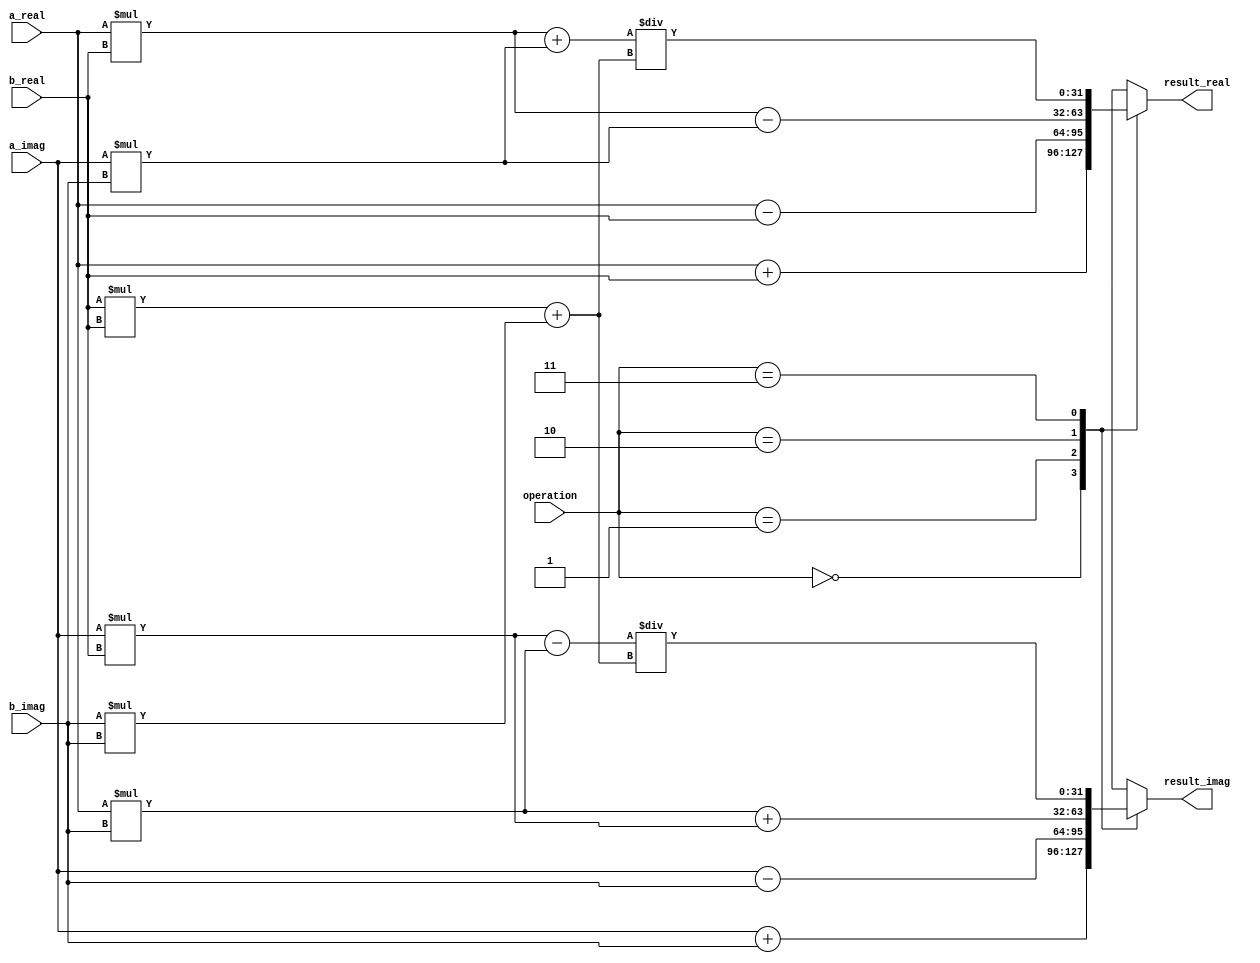
module Complex_ALU (
    input [31:0] a_real,
    input [31:0] a_imag,
    input [31:0] b_real,
    input [31:0] b_imag,
    input [1:0] operation,
    output reg [31:0] result_real,
    output reg [31:0] result_imag
);

reg [31:0] temp_real, temp_imag;

always @(*)
begin
    case(operation)
        2'b00: begin // Addition
            temp_real = a_real + b_real;
            temp_imag = a_imag + b_imag;
        end

        2'b01: begin // Subtraction
            temp_real = a_real - b_real;
            temp_imag = a_imag - b_imag;
        end

        2'b10: begin // Multiplication
            temp_real = a_real * b_real - a_imag * b_imag;
            temp_imag = a_real * b_imag + a_imag * b_real;
        end

        2'b11: begin // Division
            temp_real = (a_real * b_real + a_imag * b_imag) / (b_real * b_real + b_imag * b_imag);
            temp_imag = (a_imag * b_real - a_real * b_imag) / (b_real * b_real + b_imag * b_imag);
        end
    endcase
end

always @(*)
begin
    result_real = temp_real;
    result_imag = temp_imag;
end

endmodule